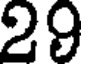
29